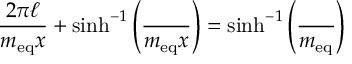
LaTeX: \frac { 2 \pi \ell } { m _ { \mathrm { e q } } x } + \sinh ^ { - 1 } \left( \frac \L { m _ { \mathrm { e q } } x } \right) = \sinh ^ { - 1 } \left( \frac \L { m _ { \mathrm { e q } } } \right)